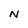
Character: N